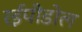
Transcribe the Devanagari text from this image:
रईपीडोल